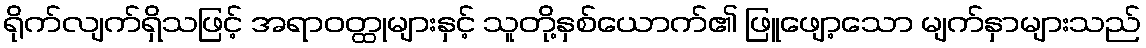
ရိုက်လျက်ရှိသဖြင့် အရာဝတ္ထုများနှင့် သူတို့နှစ်ယောက်၏ ဖြူဖျော့သော မျက်နှာများသည်